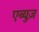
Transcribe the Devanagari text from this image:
एब्युज़